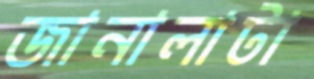
জানালাটা